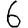
Digit: 6